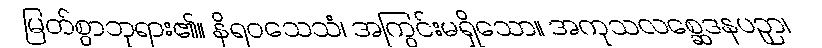
မြတ်စွာဘုရား၏။ နိရဝသေသံ၊ အကြွင်းမရှိသော။ အကုသလစ္ဆေဒနပဉှာ၊